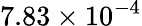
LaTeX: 7.83\times 10^{-4}